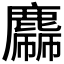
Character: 𪋙